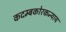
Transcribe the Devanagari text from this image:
कदम्बकोरकन्याय